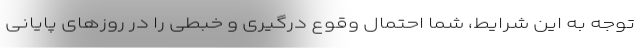
توجه به این شرایط، شما احتمال وقوع درگیری و خبطی را در روزهای پایانی